Enquiry on enteric fever in India - Number 32
Disease focus: Fever
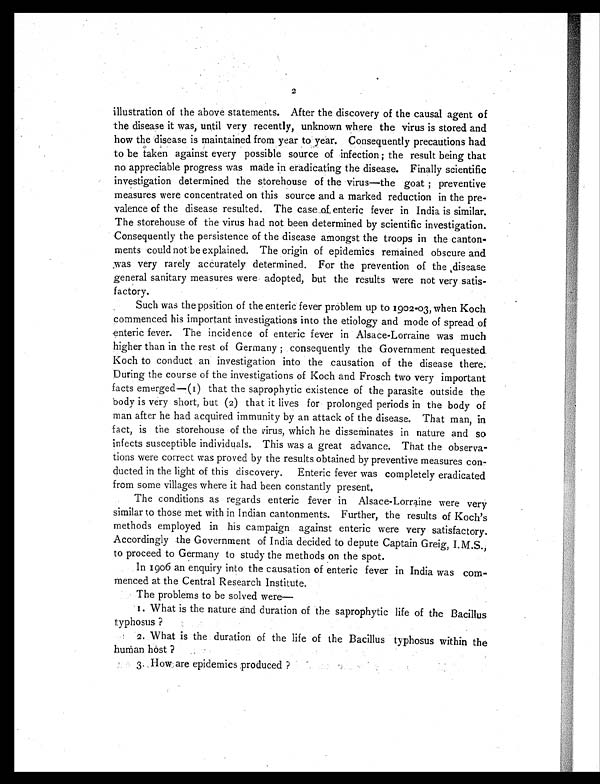
2
illustration of the above statements. After the discovery of the causal agent of
the disease it was, until very recently, unknown where the virus is stored and
how the disease is maintained from year to year. Consequently precautions had
to be taken against every possible source of infection; the result being that
no appreciable progress was made in eradicating the disease. Finally scientific
investigation determined the storehouse of the virus—the goat ; preventive
measures were concentrated on this source and a marked reduction in the pre-
valence of the disease resulted. The case of enteric fever in India is similar.
The storehouse of the virus had not been determined by scientific investigation.
Consequently the persistence of the disease amongst the troops in the canton-
ments could not be explained. The origin of epidemics remained obscure and
was very rarely accurately determined. For the prevention of the disease
general sanitary measures were adopted, but the results were not very satis-
factory.
Such was the position of the enteric fever problem up to 1902-03, when Koch
commenced his important investigations into the etiology and mode of spread of
enteric fever. The incidence of enteric fever in Alsace-Lorraine was much
higher than in the rest of Germany ; consequently the Government requested.
Koch to conduct an investigation into the causation of the disease there.
During the course of the investigations of Koch and Frosch two very important
facts emerged—(1) that the saprophytic existence of the parasite outside the
body is very short, but (2) that it lives for prolonged periods in the body of
man after he had acquired immunity by an attack of the disease. That man, in
fact, is the storehouse of the virus, which he disseminates in nature and so
infects susceptible individuals. This was a great advance. That the observa-
tions were correct was proved by the results obtained by preventive measures con-
ducted in the light of this discovery. Enteric fever was completely eradicated
from some villages where it had been constantly present,
The conditions as regards enteric fever in Alsace-Lorraine were very
similar to those met with in Indian cantonments. Further, the results of Koch's
methods employed in his campaign against enteric were very satisfactory.
Accordingly the Government of India decided to depute Captain Greig, I.M.S.,
to proceed to Germany to study the methods on the spot.
In 1906 an enquiry into the causation of enteric fever in India was com-
menced at the Central Research Institute.
The problems to be solved were
—
1. What is the nature and duration of the saprophytic life of the Bacillus
typhosus ?
2. What is the duration of the life of the Bacillus typhosus within the
human host ?
3. How are epidemics produced ?